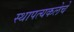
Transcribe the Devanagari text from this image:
स्थापत्यकलेचे